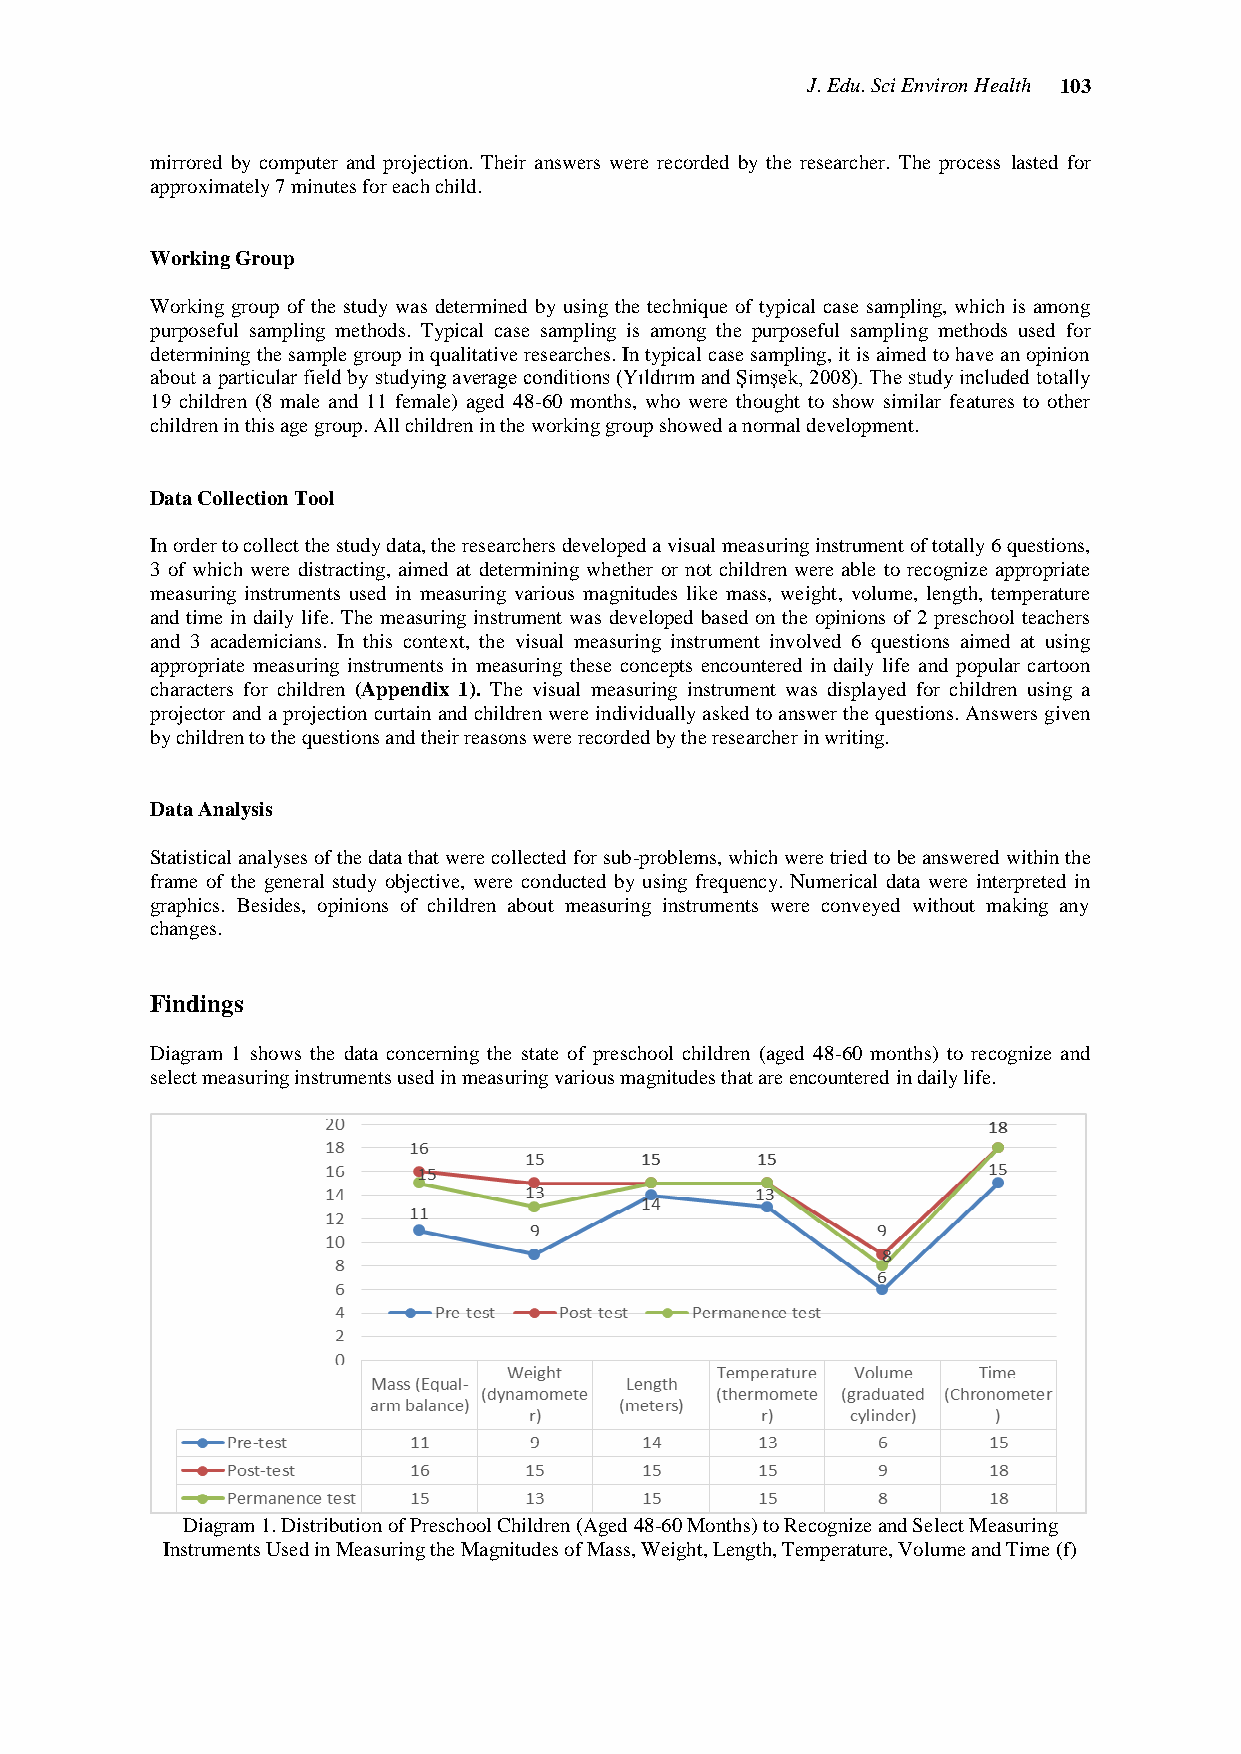
J. Edu. Sci Environ Health 103
 mirrored by computer and projection. Their answers were recorded by the researcher. The process lasted for
 approximately 7 minutes for each child.
 Working Group
 Working group of the study was determined by using the technique of typical case sampling, which is among
 purposeful sampling methods. Typical case sampling is among the purposeful sampling methods used for
 determining the sample group in qualitative researches. In typical case sampling, it is aimed to have an opinion
 about a particular field by studying average conditions (Yıldırım and Şimşek, 2008). The study included totally
 19 children (8 male and 11 female) aged 48-60 months, who were thought to show similar features to other
 children in this age group. All children in the working group showed a normal development.
 Data Collection Tool
 In order to collect the study data, the researchers developed a visual measuring instrument of totally 6 questions,
 3 of which were distracting, aimed at determining whether or not children were able to recognize appropriate
 measuring instruments used in measuring various magnitudes like mass, weight, volume, length, temperature
 and time in daily life. The measuring instrument was developed based on the opinions of 2 preschool teachers
 and 3 academicians. In this context, the visual measuring instrument involved 6 questions aimed at using
 appropriate measuring instruments in measuring these concepts encountered in daily life and popular cartoon
 characters for children (Appendix 1). The visual measuring instrument was displayed for children using a
 projector and a projection curtain and children were individually asked to answer the questions. Answers given
 by children to the questions and their reasons were recorded by the researcher in writing.
 Data Analysis
 Statistical analyses of the data that were collected for sub-problems, which were tried to be answered within the
 frame of the general study objective, were conducted by using frequency. Numerical data were interpreted in
 graphics. Besides, opinions of children about measuring instruments were conveyed without making any
 changes.
 Findings
 Diagram 1 shows the data concerning the state of preschool children (aged 48-60 months) to recognize and
 select measuring instruments used in measuring various magnitudes that are encountered in daily life.
 Diagram 1. Distribution of Preschool Children (Aged 48-60 Months) to Recognize and Select Measuring
 Instruments Used in Measuring the Magnitudes of Mass, Weight, Length, Temperature, Volume and Time (f)